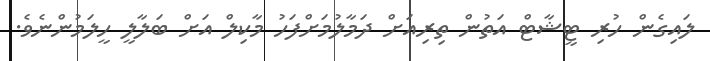
ލައިގެން ހުރި ޓީޝާޓް އަތުން ތިރިއަށް ދަމާލުމަށްފަހު މާކިލް އަށް ބަލާލީ ހީލަމުންނެވެ.